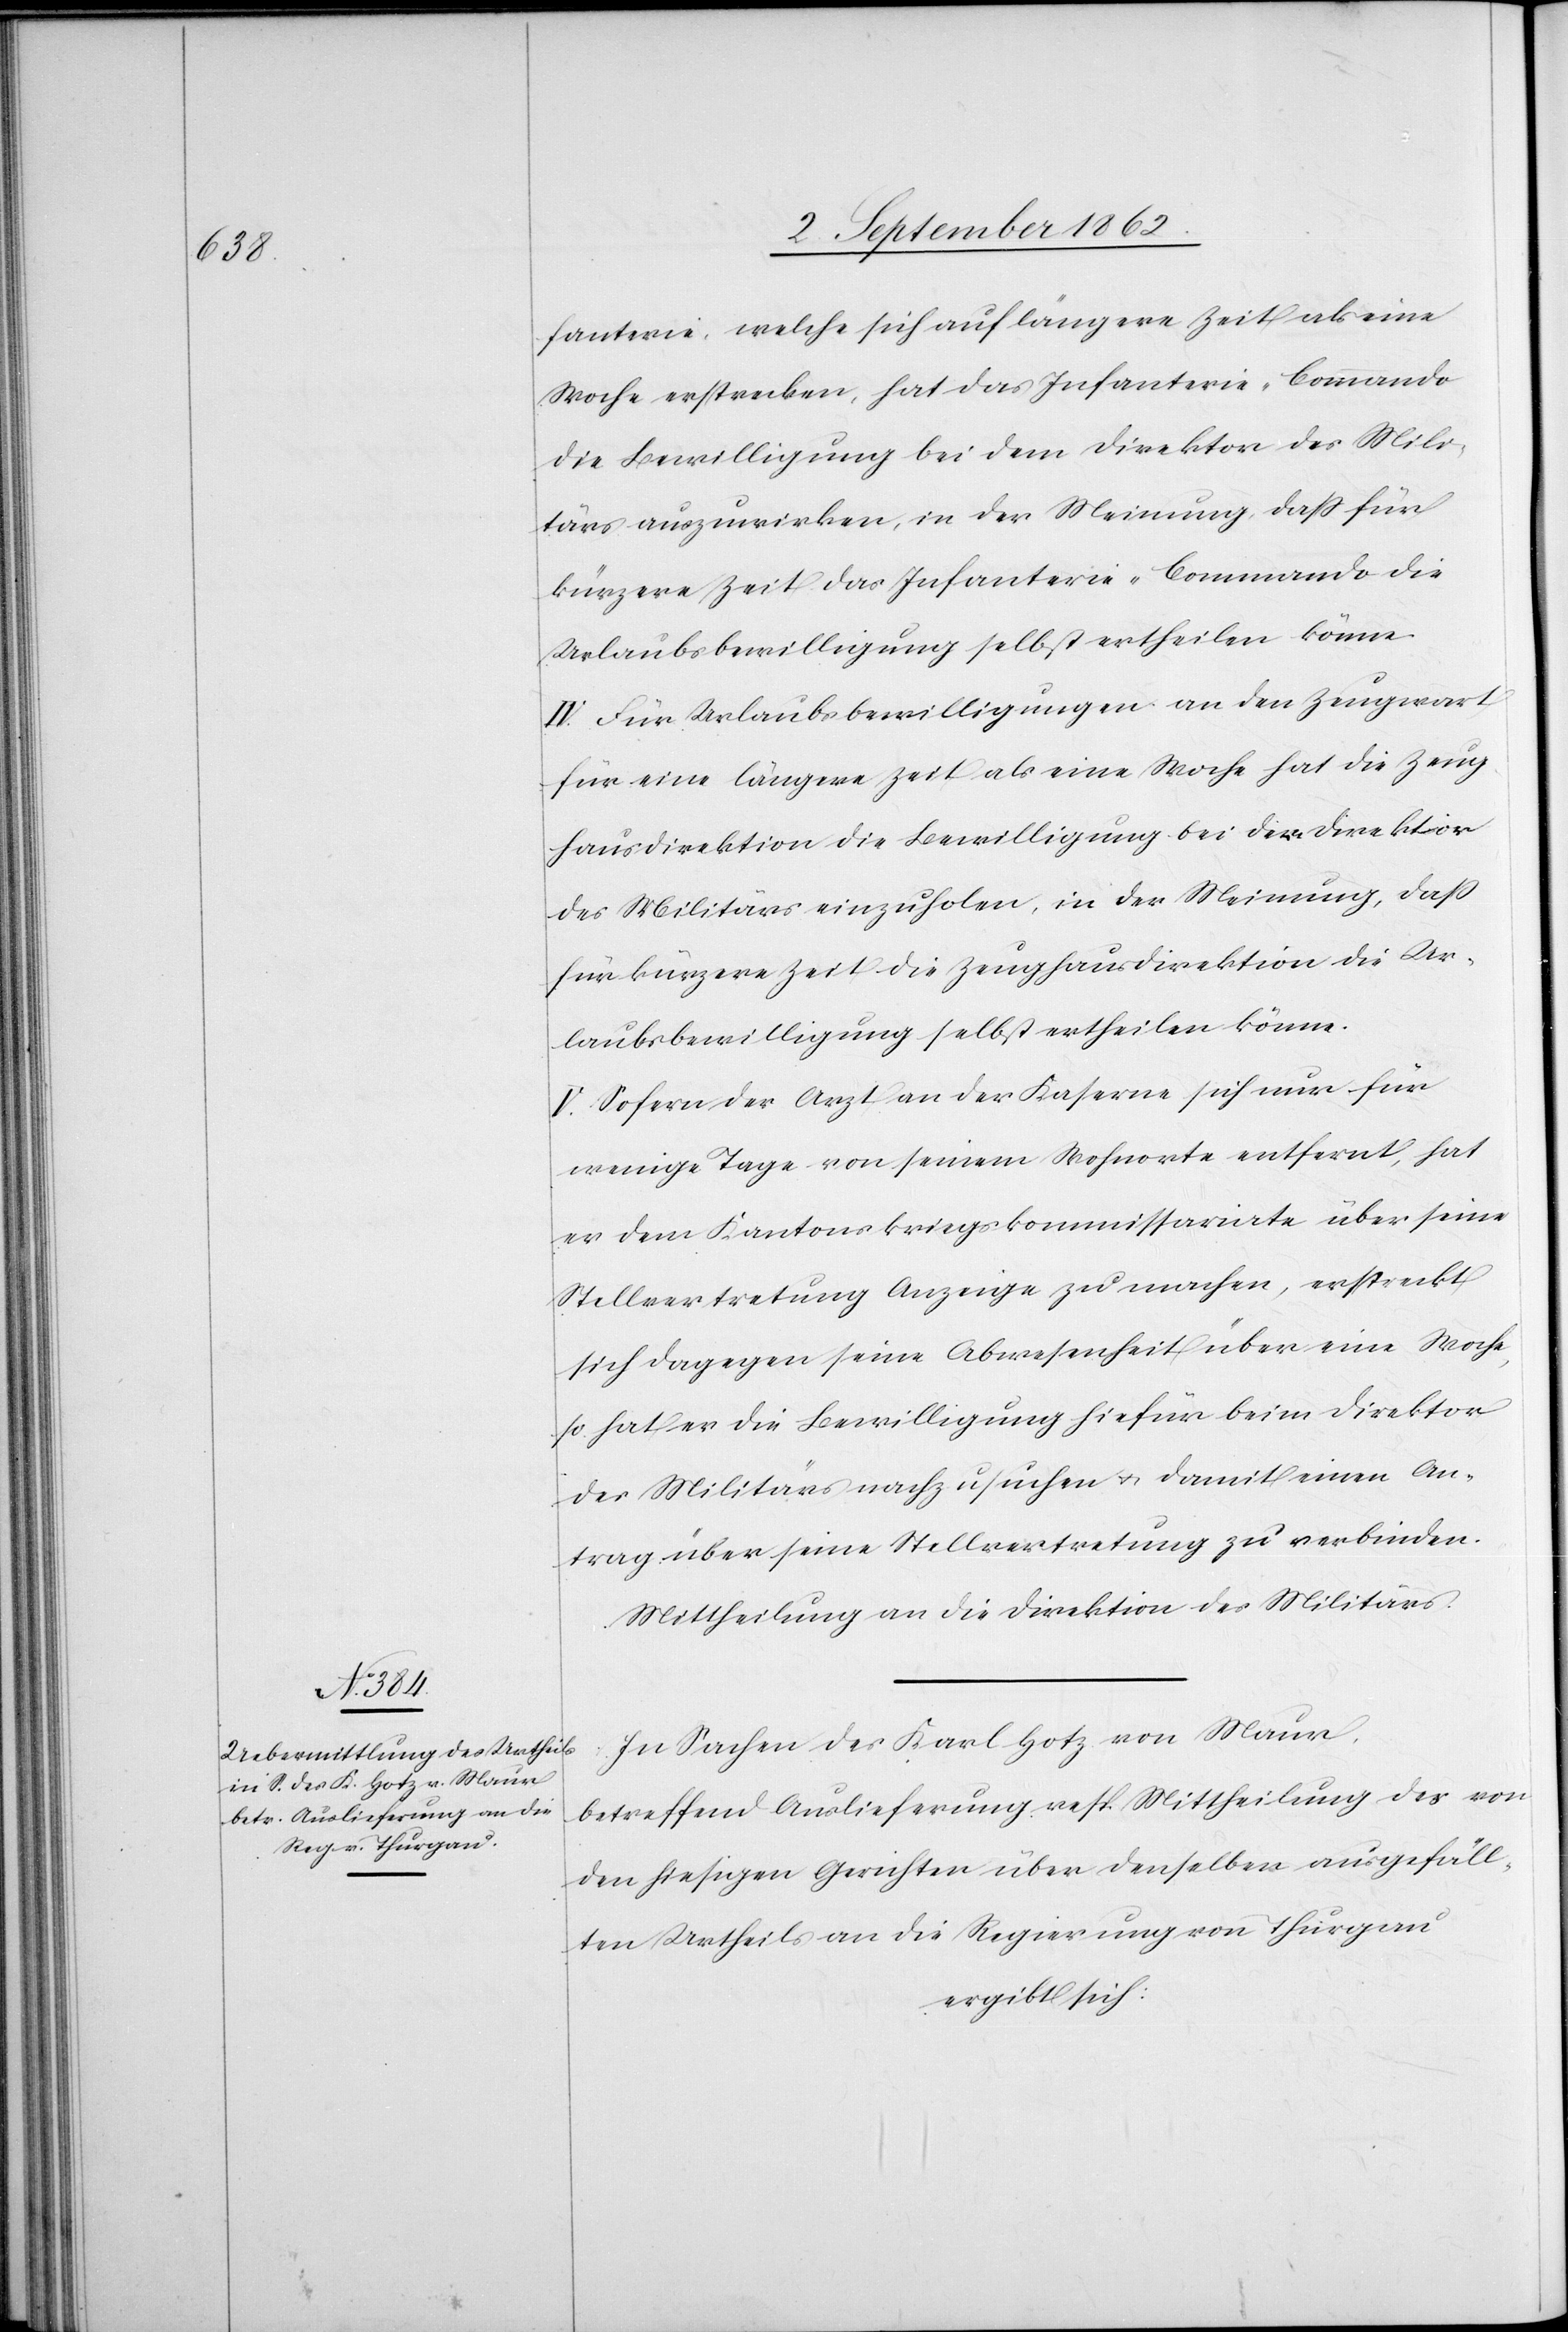
fanterie, welche sich auf längere Zeit als eine
Woche erstrecken, hat das Infanterie-Commando
die Bewilligung bei dem Direktor des Mili¬
tärs auszuwirken, in der Meinung, daß für
kürzere Zeit das Infanterie-Commando die
Urlaubsbewilligung selbst ertheilen könne.
IV. Für Urlaubsbewilligungen an den Zeugwart
für eine längere Zeit als eine Woche hat die Zeug¬
hausdirektion die Bewilligung bei der Direktion
des Militärs einzuholen, in der Meinung, daß
für kürzere Zeit die Zeughausdirektion die Ur¬
laubsbewilligung selbst ertheilen könne.
V. Sofern der Arzt an der Kaserne sich nur für
wenige Tage von seinem Wohnorte entfernt, hat
er dem Kantonskriegskommissariate über seine
Stellvertretung Anzeige zu machen, erstreckt
sich dagegen seine Abwesenheit über eine Woche,
so hat er die Bewilligung hiefür beim Direktor
des Militärs nachzusuchen u. damit einen An¬
trag über seine Stellvertretung zu verbinden.
Mittheilung an die Direktion des Militärs.
In Sachen des Karl Hotz von Maur,
betreffend Auslieferung resp. Mittheilung des von
den hiesigen Gerichten über denselben ausgefäll¬
ten Urtheils an die Regierung von Thurgau
ergibt sich: